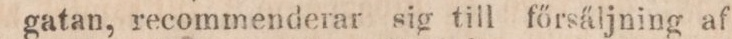
gatan, recommenderar sig till fősäljning af